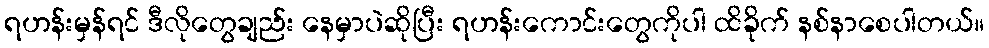
ရဟန်းမှန်ရင် ဒီလိုတွေချည်း နေမှာပဲဆိုပြီး ရဟန်းကောင်းတွေကိုပါ ထိခိုက် နစ်နာစေပါတယ်။